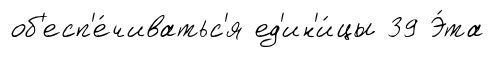
об'есп'е́чиватьс'я ед'ин'и́цы 39 Э́та